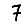
Digit: 7